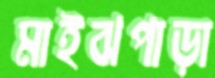
মাইঝপাড়া